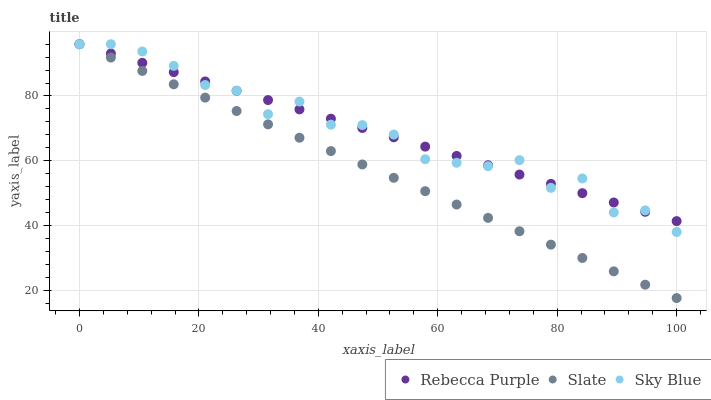
| xaxis_label | Rebecca Purple | Slate | Sky Blue |
 | --- | --- | --- | --- |
 | 0 | 96 | 96 | 96 |
 | 5.26 | 93.1 | 91.9 | 96 |
 | 10.5 | 90.2 | 87.7 | 93.7 |
 | 15.8 | 87.4 | 83.6 | 89.3 |
 | 21.1 | 84.5 | 79.5 | 83.4 |
 | 26.3 | 81.6 | 75.3 | 81.6 |
 | 31.6 | 78.7 | 71.2 | 74.4 |
 | 36.8 | 75.9 | 67.1 | 78.3 |
 | 42.1 | 73 | 63 | 71.1 |
 | 47.4 | 70.1 | 58.8 | 71 |
 | 52.6 | 67.2 | 54.7 | 68.1 |
 | 57.9 | 64.3 | 50.6 | 60.4 |
 | 63.2 | 61.5 | 46.4 | 59.3 |
 | 68.4 | 58.6 | 42.3 | 58.3 |
 | 73.7 | 55.7 | 38.2 | 60.2 |
 | 78.9 | 52.8 | 34 | 51.6 |
 | 84.2 | 50 | 29.9 | 54.5 |
 | 89.5 | 47.1 | 25.8 | 44 |
 | 94.7 | 44.2 | 21.7 | 44.6 |
 | 100 | 41.3 | 17.5 | 38 |